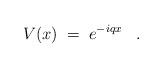
LaTeX: \begin{align*}V(x) \;=\; e^{-iqx} \;\;\; . \end{align*}